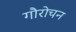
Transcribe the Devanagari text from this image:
गौरोचन